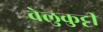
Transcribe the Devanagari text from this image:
वेलुकुट्टी